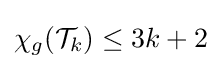
\chi _{g}({\mathcal {T}}_{k})\leq 3k+2